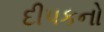
દીપકનો